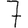
Digit: 7